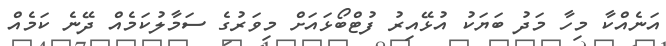
އަނެއްކާ މިހާ މަދު ބަޔަކު އުޅޭއިރު ފުޓްބޯޅައަށް މިވަރުގެ ސަމާލުކަމެއް ދޭނެ ކަމެއް